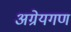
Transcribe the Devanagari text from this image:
अग्रेयगण